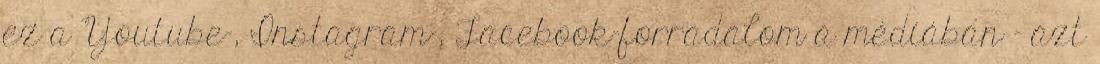
ez a Youtube-, Instagram-, Facebook-forradalom a médiában - azt